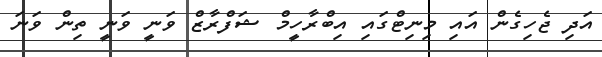
އަދި ޖެހިގެން އައި މިނިޓްގައި އިބްރާހީމް ޝަފްރާޒް ވަނީ ވަނީ ތިން ވަނަ